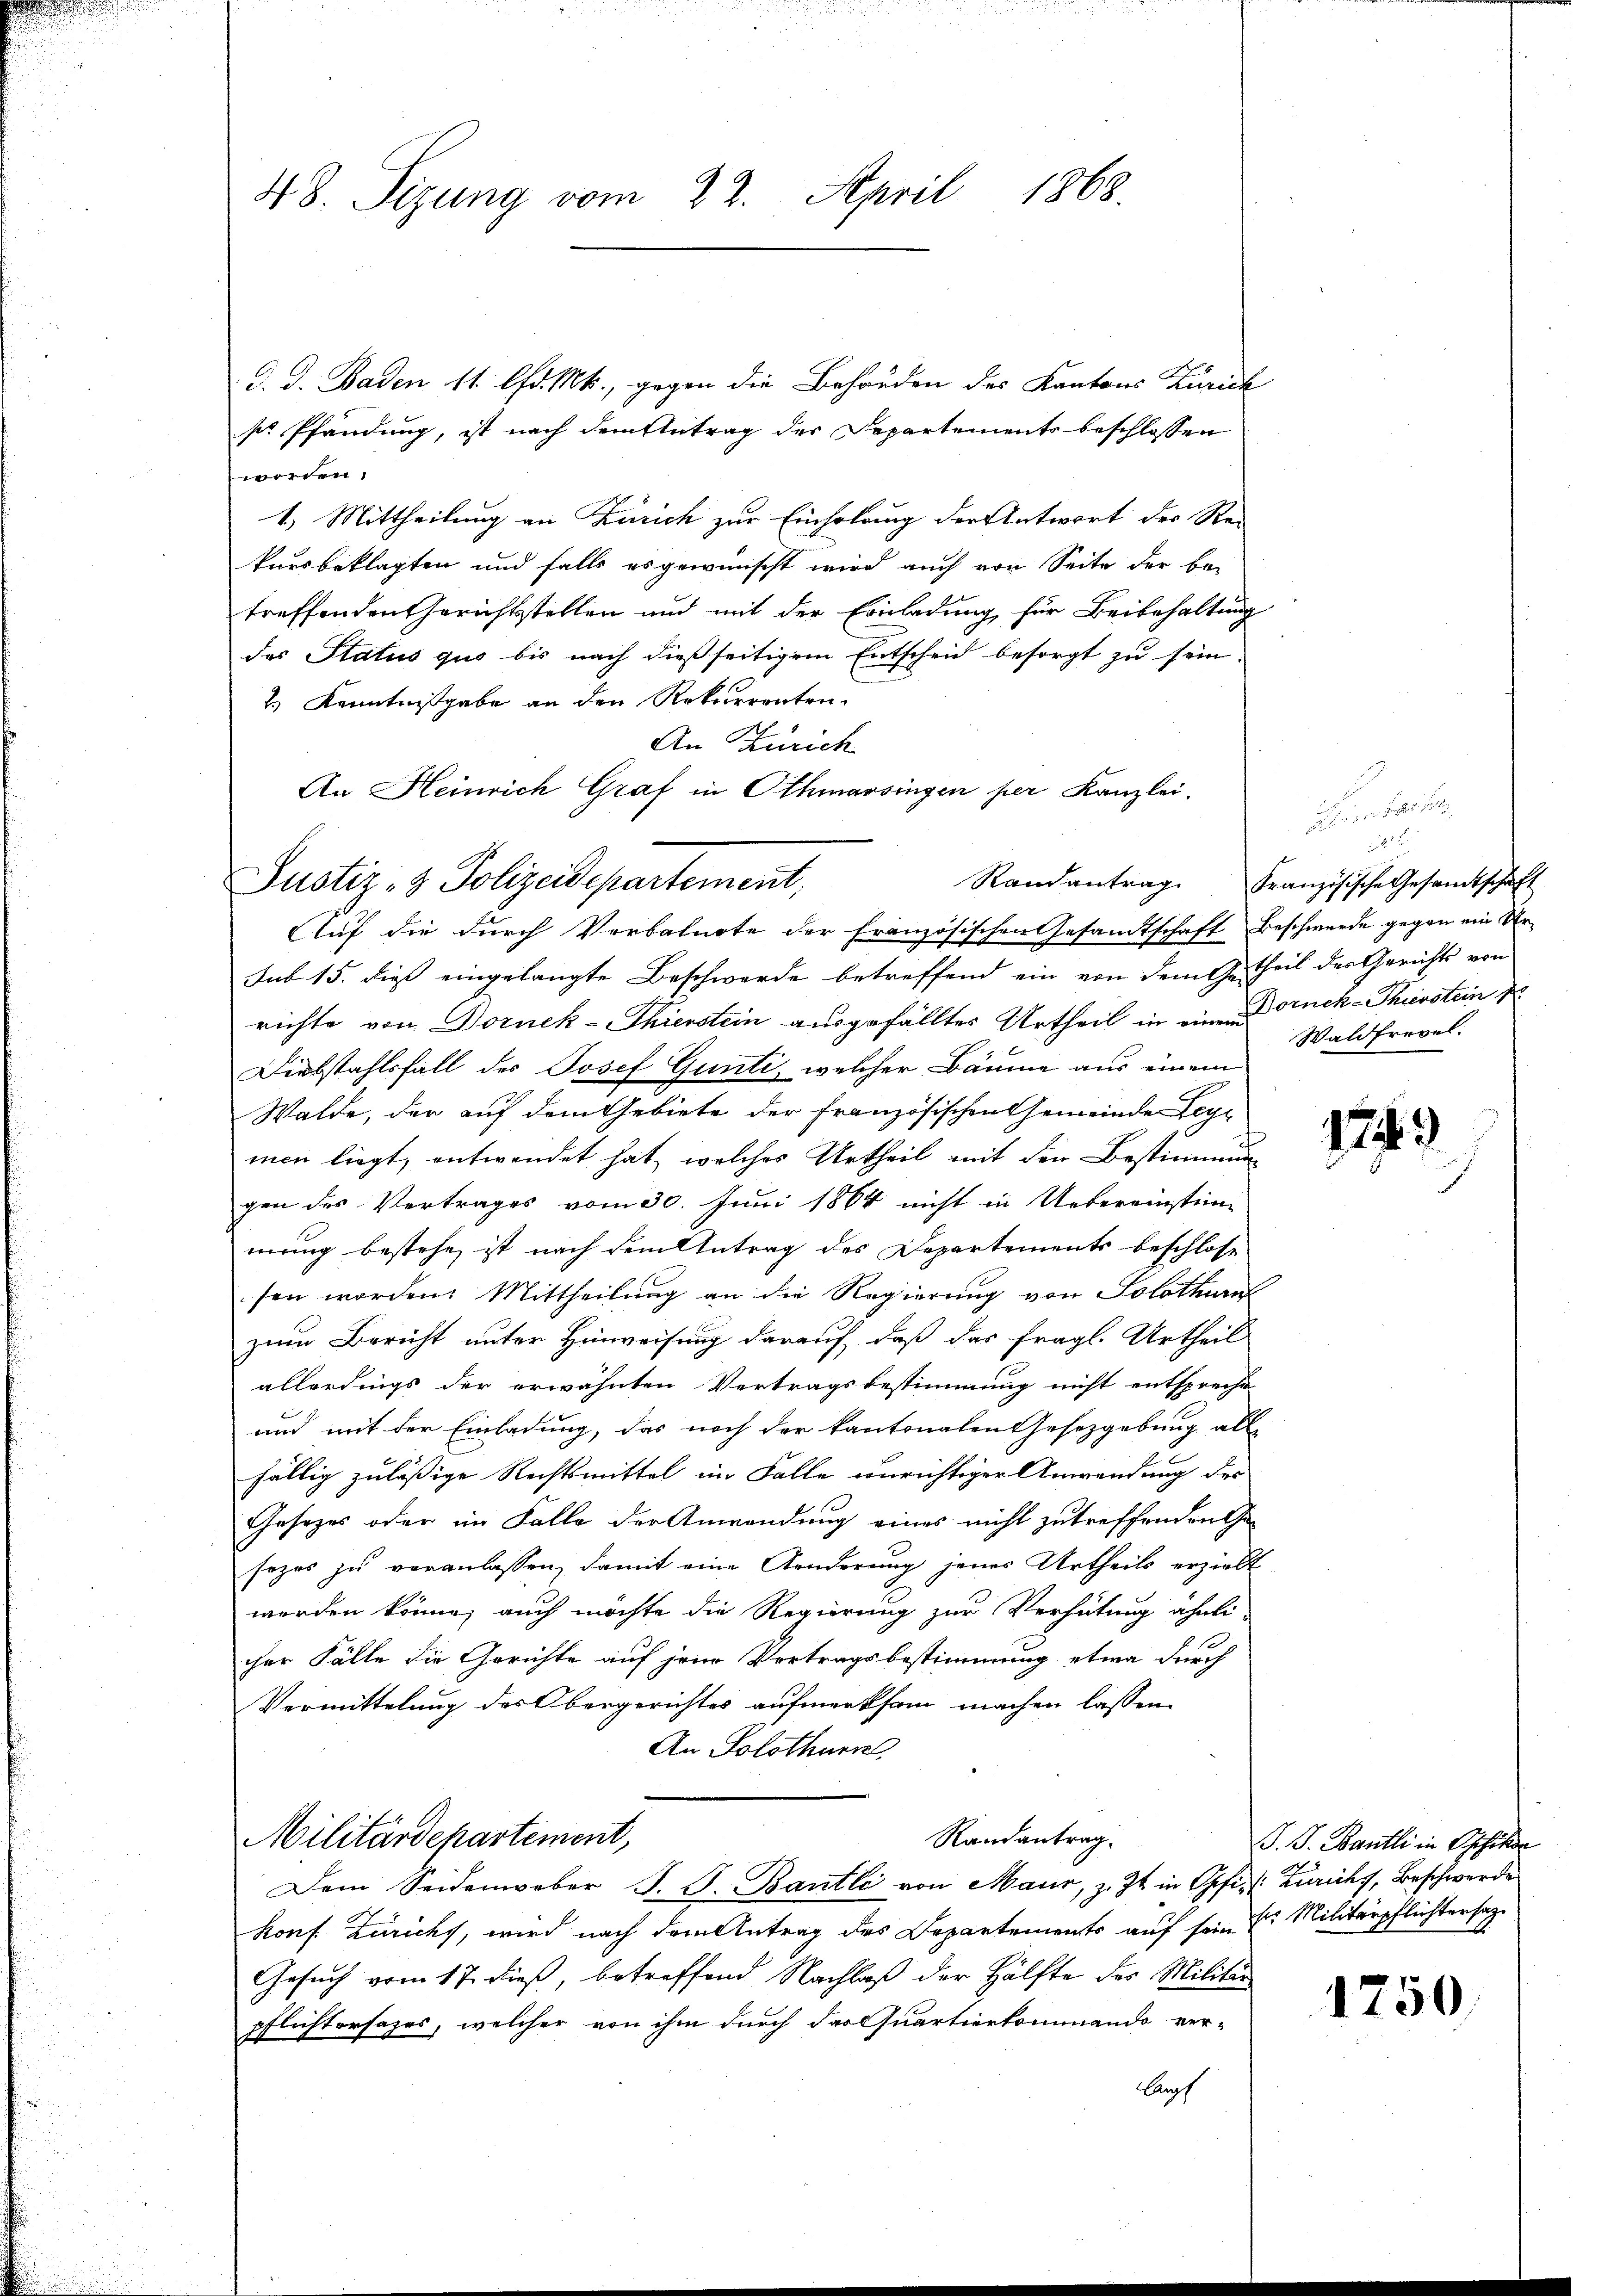
d. d. Baden 11. Chr. Mts., gegen die Behörden des Kantons Zürich
sr Pfändung, ist nach dem Antrag der Departements beschlossen
worden.
1.) Mittheilung an Zürich zur Einholung der Antwort der Stei
kursbeklagten und falls es gewünscht wird auch von Seite der be-
treffenden Gerichtsstellen und mit der Einladung für Beibehaltung
des Status quo bis nach dießseitigem Entscheid besorgt zu sein.
2.) Kenntnisgabe an den Rekurrenten.
An Zürich
An Heinrich Graf in Othmarsingen per Kanzlei,
Auf die durch Verbalnote der Französischen Gesandtschaft Beschwerde gegen ein Versub 15. dieß eingelangte Beschwerde betreffend ein von dem Getheil des Gerichts von
richte von Dornek-Thierstein ausgefälltes Urtheil in einem Druck-Thürstein de
Diebstahlsfall des Josef Günti, welcher Bäume aus einem
Walde, der auf dem Gebiete der Französischen Gemeinde Seymen liegt, entwendet hat, welches Urtheil mit den Bestimmung
gen des Vertrages vom 30. Juni 1864 nicht in Uebereinstimmung bestehe, ist nach dem Antrag des Departements beschlosse
sen worden. Mittheilung an die Regierung von Solothurnf
zum Bericht unter Hinweisung darauf, daß das fragl. Urtheil
allerdings der erwähnten Vertragsbestimmung nicht entspreche
und mit der Einladung, das noch der kantonalen Gesetzgebung all
2
fällig zulässige Rechtsmittel im Falle zurichtiger Anwendung des
Gesetzes oder im Falle der Anwendung eines nicht zutreffenden Ge-
sezes zu veranlassen, damit eine Aenderung jenes Urtheils erzielt
werden könne; auch möchte die Regierung zur Verhütung ähnli-
cher Fälle die Gerichte auf jene Vortragsbestimmung etwa durch
Vermittelung des Obergerichtes aufmerksam machen lassen.
An Solothurn,
Randantrag.
Militärdepartement,
Dem Seidenweber J. J. Bantle von Maur, z. Zt. in Opfi- (Zürichs, Beschwerde
konf. Züricht, wird nach dem Antrag des Departements auf sein E. Militärpflichtersatz
Gesuch vom 17. dieß, betreffend Nachlaß der Hälfte des Militär
pflichtersages, welcher von ihm durch das Quartierkommando ver-
Kupf

48. Sizung vom 22. April 1868.

Justiz- & Polizeidepartement,

Randantrag Französische Gesandtschaft
Waldfrevel:

1743

P. J. Bantli in Schilde

1750